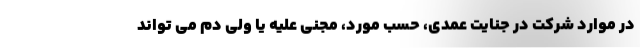
در موارد شرکت در جنایت عمدی، حسب مورد، مجنی علیه یا ولی دم می تواند